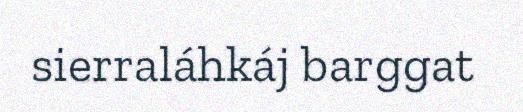
sierraláhkáj barggat